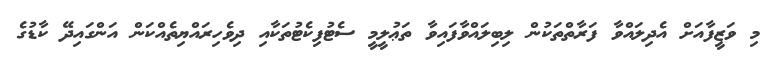
މި ވަޒީފާއަށް އެދިލައްވާ ފަރާތްތަކުން ލިބިލައްވާފައިވާ ތަޢުލީމީ ސެޓުފިކެޓުތަކާއި ދިވެހިރައްޔިތެއްކަން އަންގައިދޭ ކާޑުގެ